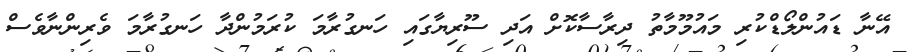
އޭނާ ޑައުންލޯޑްކުރި މައުމޫމާތު ދިރާސާކޮށް އަދި ސޫރިޔާގައި ހަނގުރާމަ ކުރަމުންދާ ހަނގުރާމަ ވެރިންނާވެސް